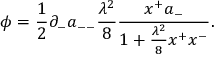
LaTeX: \phi = { \frac { 1 } { 2 } } \partial _ { - } a _ { -- } { \frac { \lambda ^ { 2 } } { 8 } } { \frac { x ^ { + } a _ { - } } { 1 + { \frac { \lambda ^ { 2 } } { 8 } } x ^ { + } x ^ { - } } } .